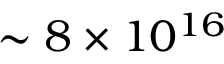
\sim 8 \times 1 0 ^ { 1 6 }